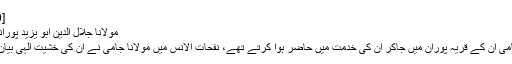
[30][31]
مولانا جلال الدین ابو یزید پورانی[ترمیم]
مولانا جامی اِن کے قریہ پوران میں جاکر اِن کی خدمت میں حاضر ہوا کرتے تھے، نفحات الانس میں مولانا جامی نے اِن کی خشیتِ الٰہی بیان کی ہے۔